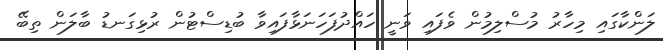
ލަންކާގައި މިހާރު މުސްލިމުން ވެފައި ވަނީ ހައްދުފަހަނަޅާފައިވާ ބުޑިސްޓުން ރުޅިގަނޑު ބާލަން ތިބޭ